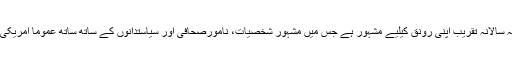
وائٹ ہاؤس میں ہونے والی یہ سالانہ تقریب اپنی رونق کیلیے مشہور ہے جس میں مشہور شخصیات، نامورصحافی اور سیاستدانوں کے ساتھ ساتھ عموماً امریکی صدر بھی شریک ہوتے ہیں۔